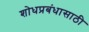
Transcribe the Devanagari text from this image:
शोधप्रबंधासाठी